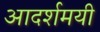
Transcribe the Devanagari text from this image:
आदर्शमयी